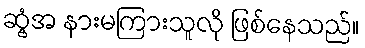
ဆွံ့အ နားမကြားသူလို ဖြစ်နေသည်။